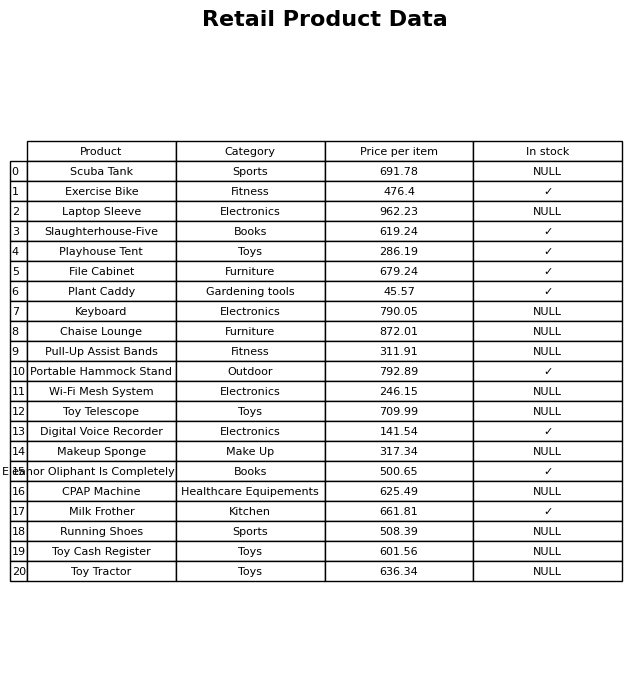
question: What is the price for Makeup Sponge?
answer: The price of Makeup Sponge is 317.34.